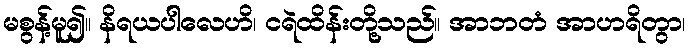
မစွန့်မူ၍။ နိရယပါလေဟိ၊ ငရဲထိန်းတို့သည်။ အာဘတံ အာဟရိတွာ၊